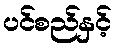
ပင်စည်နှင့်